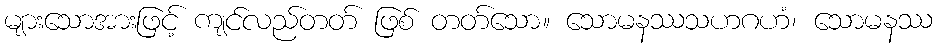
များသောအားဖြင့် ကျင်လည်တတ် ဖြစ် တတ်သော။ သောမနဿသဟဂဟံ၊ သောမနဿ